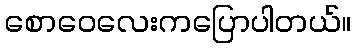
စောဝေလေးကပြောပါတယ်။